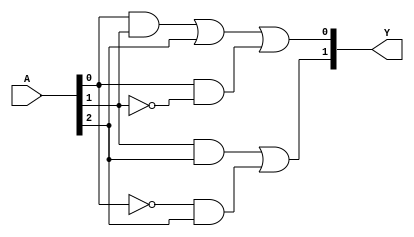
module MaskedPAL (
    input wire [N-1:0] A,  // Input lines (N inputs)
    output wire [M-1:0] Y  // Output lines (M outputs)
);

// Parameter definitions
parameter N = 3; // Number of inputs (e.g., A, B, C)
parameter M = 2; // Number of outputs (e.g., Y1, Y2)
parameter P = 4; // Number of AND gates

// Internal signals for AND gate outputs
wire [P-1:0] and_out;

// Programmable AND array
// Each AND gate can be programmed to connect to any combination of inputs or their complements
assign and_out[0] = (A[0] & A[1]) | (A[2]); // Example configuration for AND gate 0
assign and_out[1] = (A[0] & ~A[1]);        // Example configuration for AND gate 1
assign and_out[2] = (A[1] & A[2]);         // Example configuration for AND gate 2
assign and_out[3] = (~A[0] & A[2]);        // Example configuration for AND gate 3

// Fixed OR array
assign Y[0] = and_out[0] | and_out[1]; // Output Y1
assign Y[1] = and_out[2] | and_out[3]; // Output Y2

endmodule